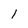
Character: I